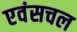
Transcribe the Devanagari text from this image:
एवंसचल